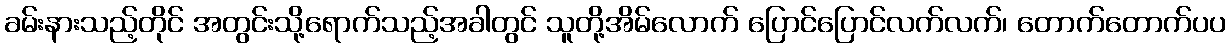
ခမ်းနားသည့်တိုင် အတွင်းသို့ရောက်သည့်အခါတွင် သူတို့အိမ်လောက် ပြောင်ပြောင်လက်လက်၊ တောက်တောက်ပပ